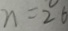
n = 2 6